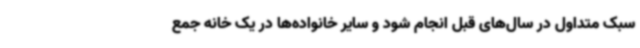
سبک متداول در سال‌های قبل انجام شود و سایر خانواده‌ها در یک خانه جمع